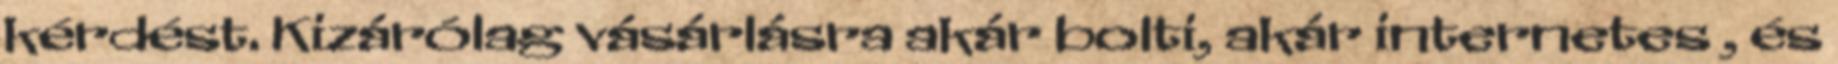
kérdést. Kizárólag vásárlásra akár bolti, akár internetes , és